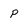
Character: p